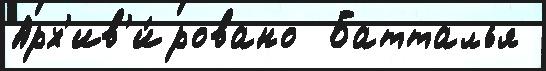
Арх'ив'и́ровано  Батталья